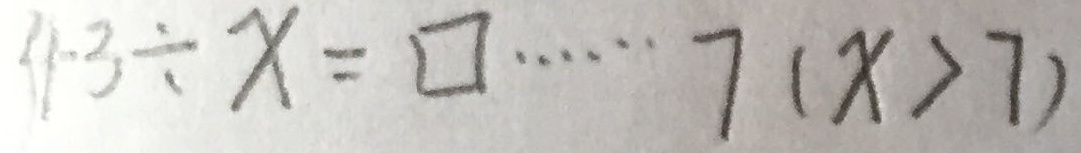
4 3 \div x = \square \cdots 7 ( x > 7 )